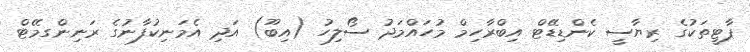
ޕާޓީތަކުގެ ރިޔާސީ ކެންޑިޑޭޓް އިބްރާހިމް މުހައްމަދު ސޯލިހު (އިބޫ) އަދި އެމަނިކުފާނުގެ ރަނިންގމޭޓް